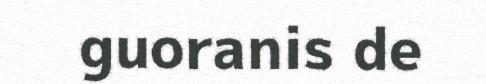
guoranis de